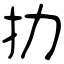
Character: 扐